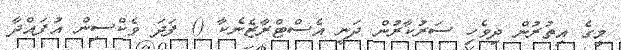
މީގެ އިތުރުން ދިވެހި ސަރުކާރުން ދަނީ އެސްޓްރާޒެނެކާ () ފަދަ ވެކްސިން އުފައްދާ